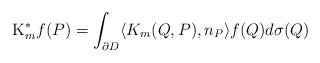
LaTeX: \begin{align*} \mathrm{K}^{*}_{m}f(P)=\int_{\partial D}\langle K_{m}(Q, P), n_{P}\rangle f(Q)d\sigma(Q) \end{align*}